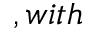
, w i t h